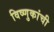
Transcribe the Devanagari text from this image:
विष्णुकांची